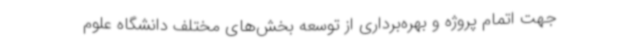
جهت اتمام پروژه و بهره‌برداری از توسعه بخش‌های مختلف دانشگاه علوم